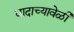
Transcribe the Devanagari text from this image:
वादाच्यावेळी